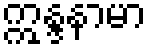
ဣန္ဒနာမာ